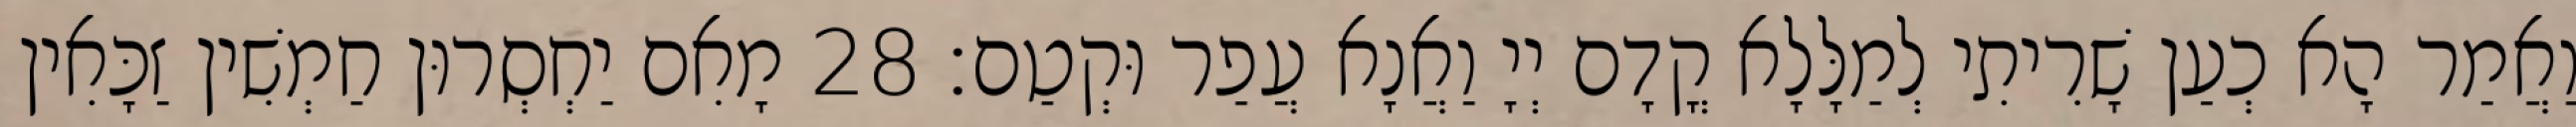
וַאֲמַר הָא כְעַן שָׁרִיתִי לְמַלָּלָא קֳדָם יְיָ וַאֲנָא עֲפַר וּקְטַם׃ 28 מָאִם יַחְסְרוּן חַמְשִׁין זַכָּאִין